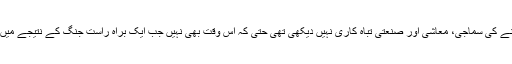
پاکستان نے کبھی اس پیمانے کی سماجی، معاشی اور صنعتی تباہ کاری نہیں دیکھی تھی حتیٰ کہ اس وقت بھی نہیں جب ایک براہ راست جنگ کے نتیجے میں پاکستان دولخت ہو گیا تھا۔